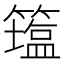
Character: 𥵈